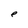
Character: e